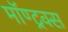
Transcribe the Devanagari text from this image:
मॉण्ट्रक्स